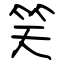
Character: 笑